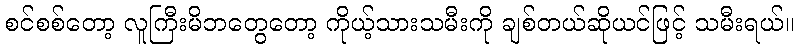
စင်စစ်တော့ လူကြီးမိဘတွေတော့ ကိုယ့်သားသမီးကို ချစ်တယ်ဆိုယင်ဖြင့် သမီးရယ်။